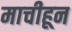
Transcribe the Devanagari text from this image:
माचीहून